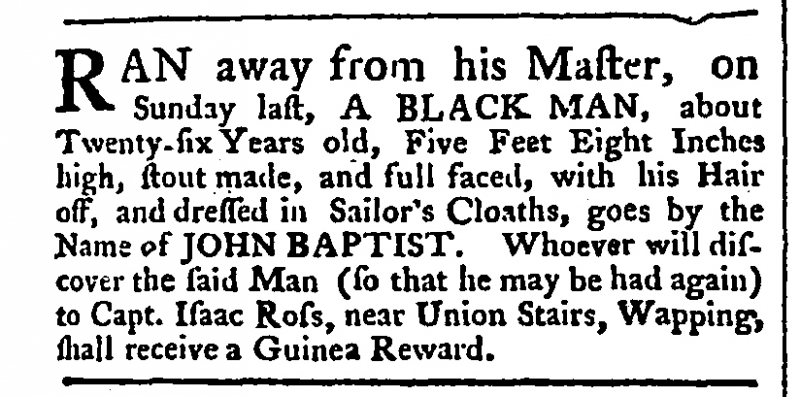
Public Ledger, Or, Daily Register of Commerce and Intelligence, 25 September 1765 (England)
RAN away from his Master, on Sunday last, A BLACK MAN, about Twenty-six Years old, Five Feet Eight Inches high, stout made, and full faced, with his Hair off, and dressed in Sailor's Cloaths, goes by the Name of JOHN BAPTIST. Whoever will discover the said Man (so that he may be had again) to Capt. Isaac Ross, near Union Stairs, Wapping, shall receive a Guinea Reward.